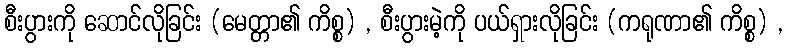
စီးပွားကို ဆောင်လိုခြင်း (မေတ္တာ၏ ကိစ္စ) , စီးပွားမဲ့ကို ပယ်ရှားလိုခြင်း (ကရုဏာ၏ ကိစ္စ) ,